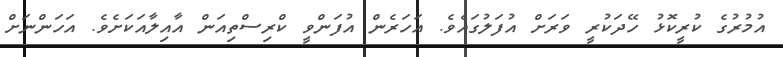
އުމުރުގެ ކުރީކޮޅު ހޭދަކުރީ ވަރަށް އުފަލުގައެވެ. އަހަރެން އުފަންވީ ކްރިސްތިއަން އާއިލާއަކަށެވެ. އަހަންނަށް